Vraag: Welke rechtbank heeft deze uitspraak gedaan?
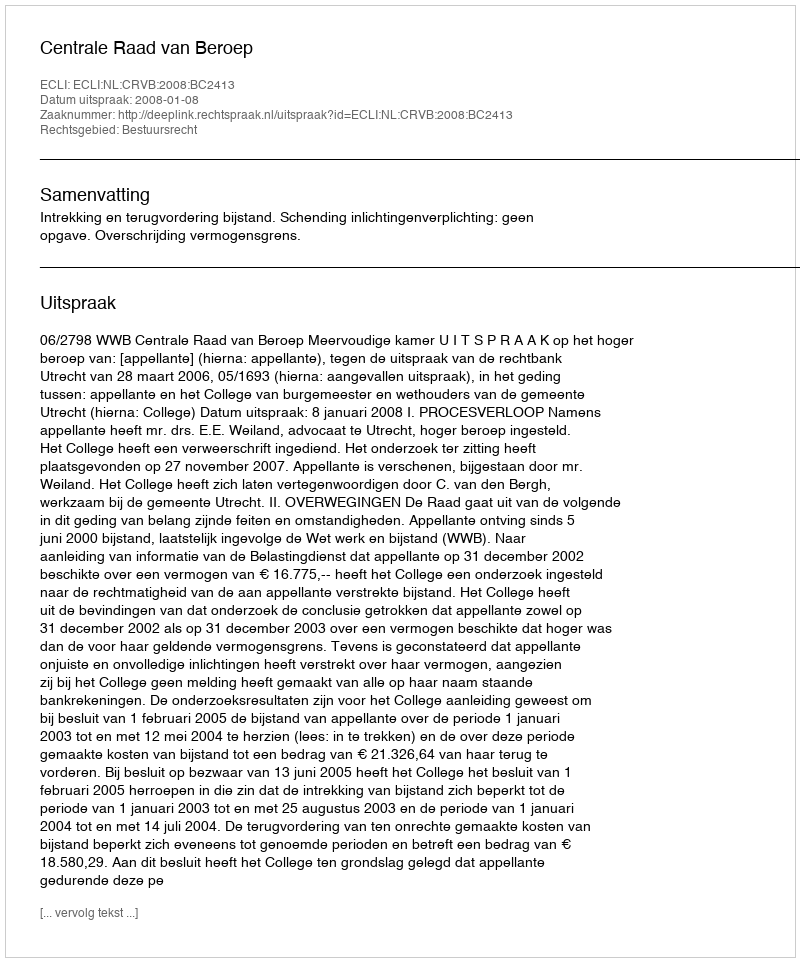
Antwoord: Centrale Raad van Beroep